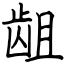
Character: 龃